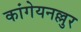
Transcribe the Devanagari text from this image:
कांगेयनल्लुर